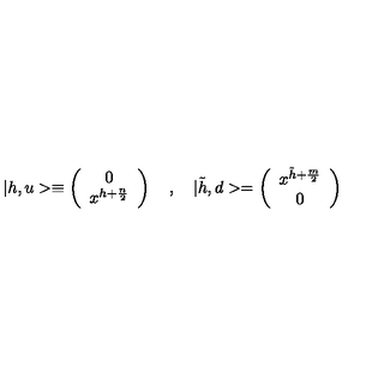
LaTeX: | h , u > \equiv \left( \begin{array} { c } { 0 } \\ { x ^ { h + { \frac { n } { 2 } } } } \\ \end{array} \right) \quad , \quad | \tilde { h } , d > = \left( \begin{array} { c } { x ^ { \tilde { h } + { \frac { m } { 2 } } } } \\ { 0 } \\ \end{array} \right)